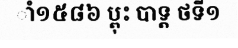
ាំ១៥៨៦ ប្ពុះ បាទ្ត ថទី១